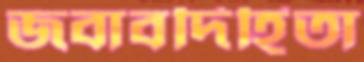
জবাবদিহিতা